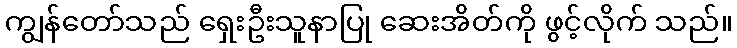
ကျွန်တော်သည် ရှေးဦးသူနာပြု ဆေးအိတ်ကို ဖွင့်လိုက် သည်။